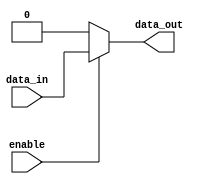
module buffer_with_enable(
    input wire data_in,
    input wire enable,
    output reg data_out
);

always @ (data_in, enable)
begin
    if(enable)
        data_out = data_in;
    else
        data_out = 1'b0; // You can change this to 1'b1 for a constant output of 1
end

endmodule